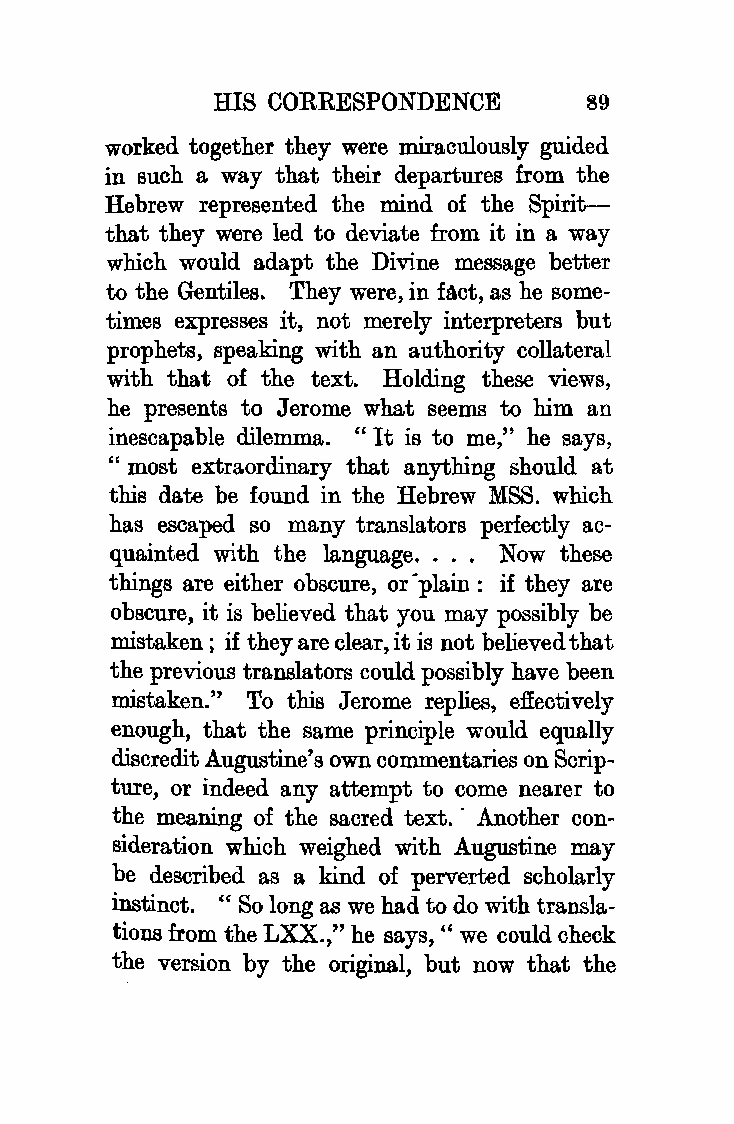
HIS CORRESPONDENCE      89
 worked together they were miraculously guided
 in such a way that their departures from the
 Hebrew represented the mind of the Spirit
 that they were led to deviate from it in a way
 which would adapt the Divine message better
 to the Gentiles. They were, in fl\ct, as he some
 times expresses it, not merely interpreters but
 prophets, speaking with an authority collateral
 with that of the text. Holding these views,
 he presents to Jerome what seems to him an
 inescapable dilemma. " It is to me," he says,
 "most extraordinary that anything should at
 this date be found in the Hebrew MSS. which
 has escaped so many translators perfectly ac
 quainted with the language. . . . Now these
 things are either obscure, or.plain: if they are
 obscure, it is believed that you may possibly be
 mistaken; if they are clear, it is not believed that
 the previous translators could possibly have been
 mistaken." To this Jerome replies, effectively
 enough, that the same principle would equally
 discredit Augustine's own commentaries on Scrip
 ture, or indeed any attempt to come nearer to
 the meaning of the sacred text. · Another con
 sideration which weighed with Augustine may
 be described as a kind of perverted scholarly
 instinct. " So long as we had to do with transla
 tions from the LXX:.," he says," we could check
 the version by the original, but now that the